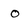
Character: o